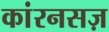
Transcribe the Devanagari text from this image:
कांरनसज़